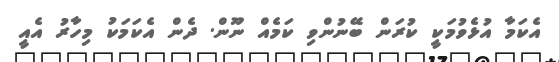
އެކަމާ އުޅެވުމަކީ ކުރަން ބޭނުންވި ކަމެއް ނޫން. ދެން އެކަމަކު މިހާރު އެއީ